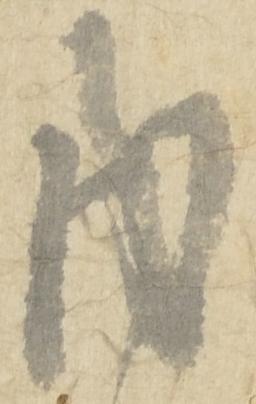
内